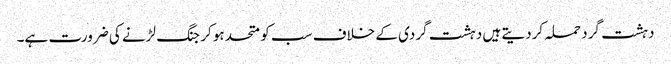
دہشت گرد حملہ کردیتے ہیں دہشت گردی کے خلاف سب کو متحد ہو کر جنگ لڑنے کی ضرورت ہے۔